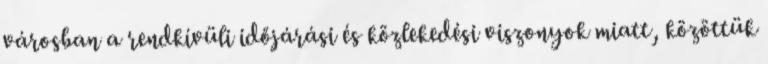
városban a rendkívüli időjárási és közlekedési viszonyok miatt, közöttük